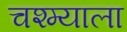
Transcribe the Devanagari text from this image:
चश्म्याला